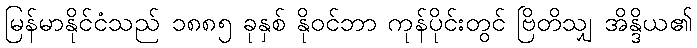
မြန်မာနိုင်ငံသည် ၁၈၈၅ ခုနှစ် နိုဝင်ဘာ ကုန်ပိုင်းတွင် ဗြိတိသျှ အိန္ဒိယ၏